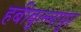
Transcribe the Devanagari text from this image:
हबीबुल्लापुर